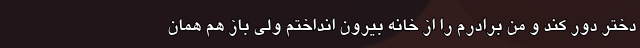
دختر دور کند و من برادرم را از خانه بیرون انداختم ولی باز هم همان